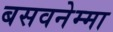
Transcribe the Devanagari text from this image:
बसवनेम्मा